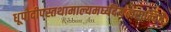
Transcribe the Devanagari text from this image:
धूपोदीपस्तथामाल्यमर्घ्यंदेयंत्वरान्वितैः